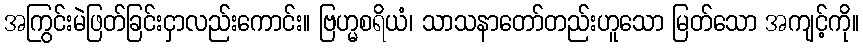
အကြွင်းမဲဖြတ်ခြင်းငှာလည်းကောင်း။ ဗြဟ္မစရိယံ၊ သာသနာတော်တည်းဟူသော မြတ်သော အကျင့်ကို။